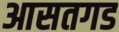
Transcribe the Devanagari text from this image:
आसतगड